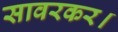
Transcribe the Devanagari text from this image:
सावरकर।